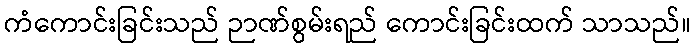
ကံကောင်းခြင်းသည် ဉာဏ်စွမ်းရည် ကောင်းခြင်းထက် သာသည်။